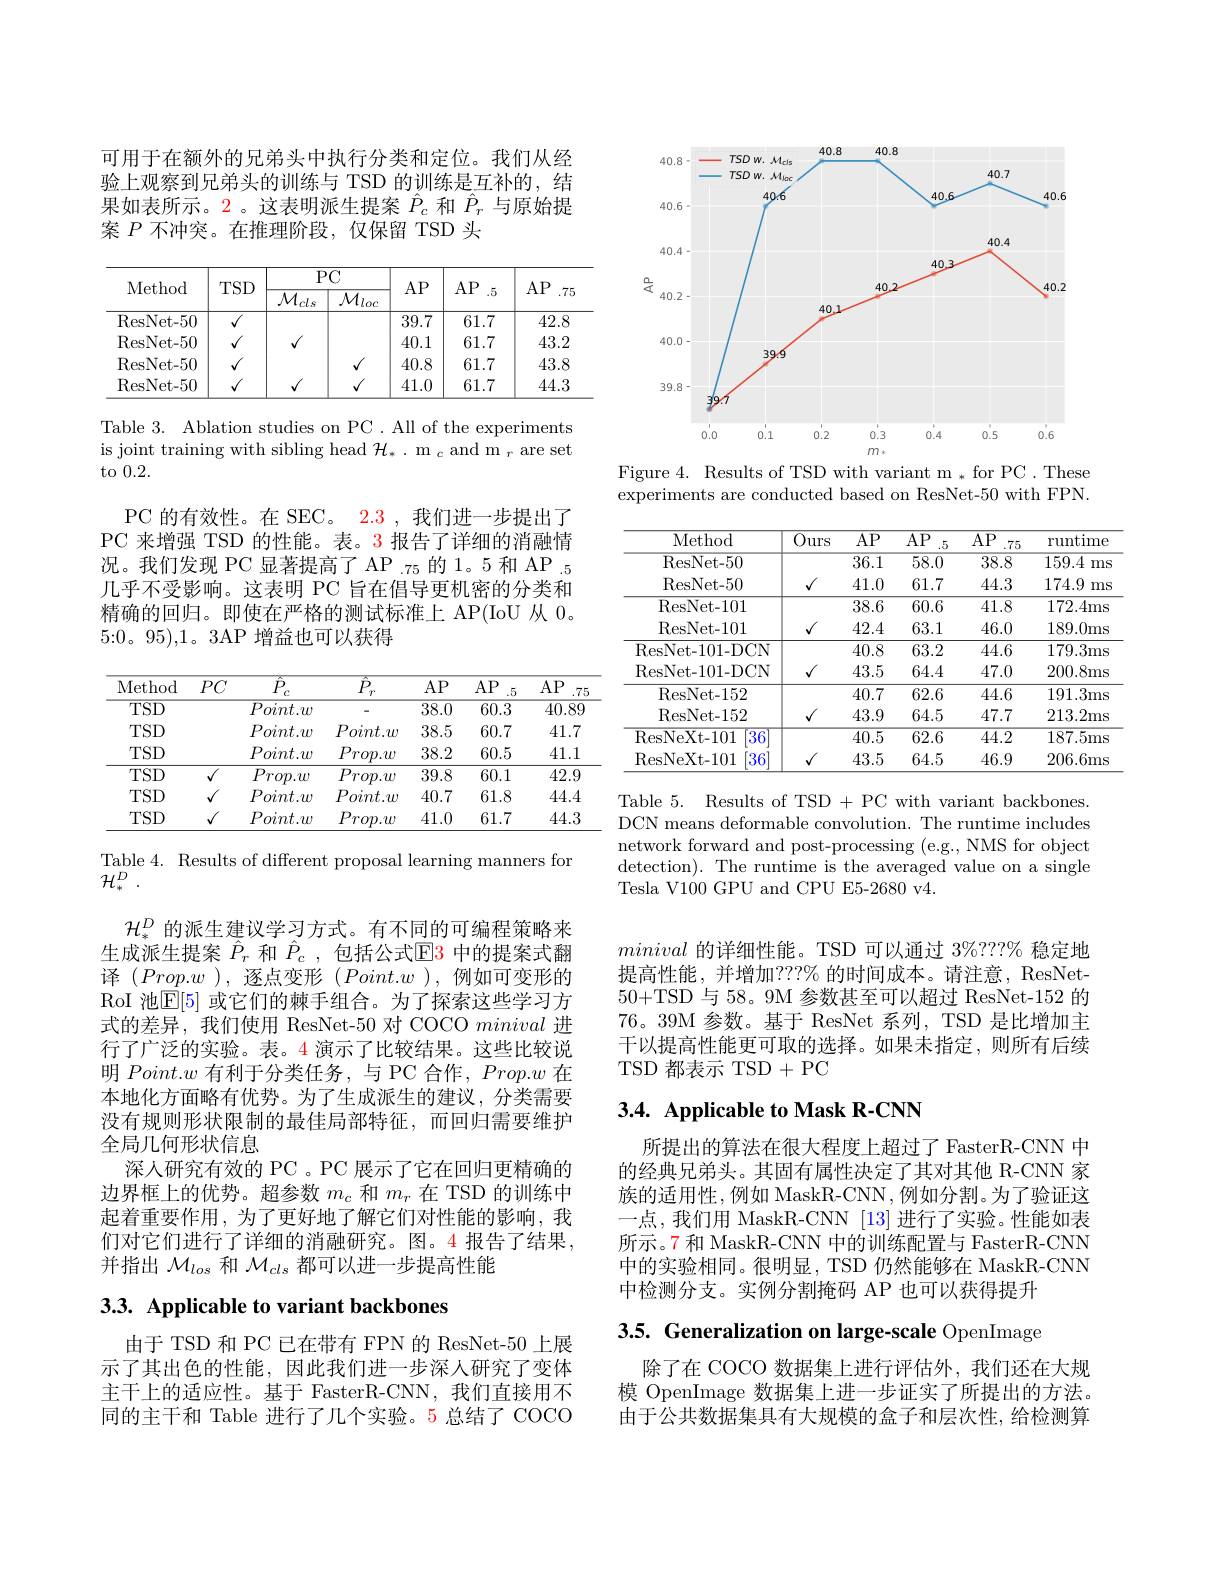
可用于在额外的兄弟头中执行分类和定位。我们从经验上观察到兄弟头的训练与 TSD 的训练是互补的，结果如表所示。2。这表明派生提案$\hat{P}_c$和$\hat{P}_r$与原始提案$P$不冲突。在推理阶段，仅保留 TSD 头

<table>
	<tbody>
		<tr>
			<th rowspan="2">Method</th>
			<th rowspan="2">$TSD$</th>
			<th colspan="2">$PC$</th>
			<th rowspan="2">$AP$</th>
			<th rowspan="2">$AP$ .5</th>
			<th rowspan="2">$AP$ .75</th>
		</tr>
		<tr>
			<th>$\overline{\mathcal{M}_{cls}}$</th>
			<th>$\overline{\mathcal{M}_{loc}}$</th>
		</tr>
		<tr>
			<td>ResNet- 50</td>
			<td>$\overline{{\checkmark}}$</td>
			<td> </td>
			<td> </td>
			<td>39.7</td>
			<td>61.7</td>
			<td>42.8</td>
		</tr>
		<tr>
			<td>ResNet- 50</td>
			<td>1</td>
			<td>1</td>
			<td> </td>
			<td>40.1</td>
			<td>61.7</td>
			<td>43.2</td>
		</tr>
		<tr>
			<td>ResNet- 50</td>
			<td>1</td>
			<td> </td>
			<td>/</td>
			<td>40.8</td>
			<td>61.7</td>
			<td>43.8</td>
		</tr>
		<tr>
			<td>ResNet- 50</td>
			<td>1</td>
			<td>1</td>
			<td>/</td>
			<td>41.0</td>
			<td>61.7</td>
			<td>44.3</td>
		</tr>
	</tbody>
</table>

Table 3. Ablation studies on PC . All of the experiments is joint training with sibling head $\mathcal{H}_*.\textbf{m}_c$ and m $_r$ are set to 0.2.

PC 的有效性。在 SEC。2.3 , 我们进一步提出了PC 来增强 TSD 的性能。表。3 报告了详细的消融情况。我们发现 PC 显著提高了 AP .75 的 1。5 和 AP .5几乎不受影响。这表明 PC 旨在倡导更机密的分类和精确的回归。即使在严格的测试标准上 AP(IoU 从 0。5{:}0。95),1。3AP 增益也可以获得

<table>
	<tbody>
		<tr>
			<th>Method</th>
			<th>$PC$</th>
			<th>$I$</th>
			<th>${\vec{P}}_{r}$ $r$</th>
			<th>$AP$</th>
			<th>$AP$ .5</th>
			<th>$AP$ .75</th>
		</tr>
		<tr>
			<td>TSD</td>
			<td>$\overline{P_{O}}$</td>
			<td>$.t.w$</td>
			<td> </td>
			<td>$\overline{38.0}$</td>
			<td>60.3</td>
			<td>40.89</td>
		</tr>
		<tr>
			<td>TSD</td>
			<td>$P_{O}$</td>
			<td>Poir $.t.w$</td>
			<td>$Point.w$</td>
			<td>38.5</td>
			<td>60.7</td>
			<td>41.7</td>
		</tr>
		<tr>
			<td>TSD</td>
			<td>$P_{O}$</td>
			<td>Pro $.t.w$</td>
			<td>$Prop.w$</td>
			<td>38.2</td>
			<td>60.5</td>
			<td>41.1</td>
		</tr>
		<tr>
			<td>$TSD$</td>
			<td>$Pr$ $v$</td>
			<td>Pro $\gamma.w$</td>
			<td>$Prop.w$</td>
			<td>39.8</td>
			<td>60.1</td>
			<td>42.9</td>
		</tr>
		<tr>
			<td>$TSD$</td>
			<td>$P_{O}$</td>
			<td>Poir $.t.w$</td>
			<td>$Point.w$</td>
			<td>40.7</td>
			<td>61.8</td>
			<td>44.4</td>
		</tr>
		<tr>
			<td>TSD</td>
			<td>$P_{O}$</td>
			<td>Pro $.t.w$</td>
			<td>$Prop.w$</td>
			<td>41.0</td>
			<td>61.7</td>
			<td>44.3</td>
		</tr>
	</tbody>
</table>

Table 4. Results of different proposal learning manners for

${\mathcal{H} }_{* }^D$ .

$\mathcal{H}_*^D$的派生建议学习方式。有不同的可编程策略来生成派生提案$\hat{P}_r$和$\hat{P}_c$,包括公式$\mathbb{E}\color{#000}{3}$中的提案式翻译$(Prop.w$ ),逐点变形$(Point.w$ ),例如可变形的RoI 池$\mathbb{E}[5]$ 或它们的棘手组合。为了探索这些学习方式的差异，我们使用 ResNet-50 对 COCO minival 进行了广泛的实验。表。4 演示了比较结果。这些比较说明$Point.w$有利于分类任务，与 PC 合作，$Prop.w$在本地化方面略有优势。为了生成派生的建议，分类需要没有规则形状限制的最佳局部特征，而回归需要维护全局几何形状信息
深人研究有效的 PC 。PC 展示了它在回归更精确的边界框上的优势。超参数$m_c$和$m_r$在 TSD 的训练中起着重要作用，为了更好地了解它们对性能的影响，我们对它们进行了详细的消融研究。图。4 报告了结果， 并指出$\mathcal{M}_{los}$和$\mathcal{M}_{cls}$都可以进一步提高性能

# 3.3. Applicable to variant backbones

由于 TSD 和 PC 已在带有 FPN 的 ResNet-50 上展示了其出色的性能，因此我们进一步深人研究了变体主干上的适应性。基于 FasterR-CNN,我们直接用不同的主干和 Table 进行了几个实验。5 总结了 COCO

<FigureHere>

Figure 4. Results of TSD with variant m * for PC . These experiments are conducted based on ResNet-50 with FPN.

<table>
	<tbody>
		<tr>
			<th>Method</th>
			<th>$\overline{\text{Ours}}$</th>
			<th>$\overline{\mathrm{AP}}$</th>
			<th>$\overline{\mathrm{AP}}$ .5</th>
			<th>$\overline{\mathrm{AP}}$ .75</th>
			<th>runtime</th>
		</tr>
		<tr>
			<td>ResNet- 50</td>
			<td> </td>
			<td>$\overline{36.1}$</td>
			<td>58.0</td>
			<td>38.8</td>
			<td>159.4 ms</td>
		</tr>
		<tr>
			<td>ResNet- 50</td>
			<td></td>
			<td>41.0</td>
			<td>61.7</td>
			<td>44.3</td>
			<td>174.9 ms</td>
		</tr>
		<tr>
			<td>ResNet- 101</td>
			<td> </td>
			<td>$\overline{38.6}$</td>
			<td>60.6</td>
			<td>41.8</td>
			<td>172.4ms</td>
		</tr>
		<tr>
			<td>ResNet- 101</td>
			<td>$\sqrt{1}$</td>
			<td>42.4</td>
			<td>63.1</td>
			<td>46.0</td>
			<td>189.0ms</td>
		</tr>
		<tr>
			<td>ResNet- 101- DCN</td>
			<td> </td>
			<td>40.8</td>
			<td>63.2</td>
			<td>44.6</td>
			<td>179.3ms</td>
		</tr>
		<tr>
			<td>ResNet-101-DCN</td>
			<td>1</td>
			<td>43.5</td>
			<td>64.4</td>
			<td>47.0</td>
			<td>200.8ms</td>
		</tr>
		<tr>
			<td>ResNet- 152</td>
			<td> </td>
			<td>40.7</td>
			<td>62.6</td>
			<td>44.6</td>
			<td>191.3ms</td>
		</tr>
		<tr>
			<td>ResNet- 152</td>
			<td>1</td>
			<td>43.9</td>
			<td>64.5</td>
			<td>47.7</td>
			<td>213.2ms</td>
		</tr>
		<tr>
			<td>ResNeXt- 101 36</td>
			<td> </td>
			<td>$\overline{40.5}$</td>
			<td>62.6</td>
			<td>44.2</td>
			<td>187.5ms</td>
		</tr>
		<tr>
			<td>ResNeXt- 101 $36^{\prime}$</td>
			<td></td>
			<td>43.5</td>
			<td>64.5</td>
			<td>46.9</td>
			<td>206.6ms</td>
		</tr>
	</tbody>
</table>

Table 5. Results of TSD +PC with variant backbones DCN means deformable convolution. The runtime includes network forward and post-processing (e.g., NMS for object detection). The runtime is the averaged value on a single Tesla V100 GPU and CPU E5-2680 v4.

minival的详细性能。TSD 可以通过 3%???% 稳定地提高性能，并增加？??% 的时间成本。请注意，ResNet- 50+TSD 与 58。9M 参数甚至可以超过 ResNet-152 的76。39M 参数。基于 ResNet 系列，TSD 是比增加主干以提高性能更可取的选择。如果未指定，则所有后续TSD 都表示 TSD+PC

# 3.4. Applicable to Mask R-CNN

所提出的算法在很大程度上超过了 FasterR-CNN 中的经典兄弟头。其固有属性决定了其对其他 R-CNN 家族的适用性，例如 MaskR-CNN,例如分割。为了验证这一点，我们用 MaskR-CNN [13] 进行了实验。性能如表所示。7 和 MaskR-CNN 中的训练配置与 FasterR-CNN 中的实验相同。很明显，TSD 仍然能够在 MaskR-CNN 中检测分支。实例分割掩码 AP 也可以获得提升

3.5. Generalization on large-scale OpenImage

除了在 COCO 数据集上进行评估外，我们还在大规模 OpenImage 数据集上进一步证实了所提出的方法。由于公共数据集具有大规模的盒子和层次性，给检测算